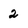
Character: 2